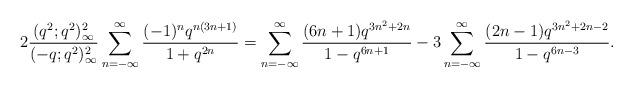
LaTeX: \begin{align*}2\frac{(q^2;q^2)_\infty^2}{(-q;q^2)_\infty^2}\sum_{n=-\infty}^\infty\frac{(-1)^nq^{n(3n+1)}}{1+q^{2n}} = \sum_{n=-\infty}^\infty\frac{(6n+1)q^{3n^2+2n}}{1-q^{6n+1}}-3\sum_{n=-\infty}^\infty \frac{(2n-1)q^{3n^2+2n-2}}{1-q^{6n-3}}.\end{align*}